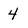
Character: 4